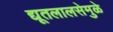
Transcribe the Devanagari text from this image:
द्यूतलालसेमुळे